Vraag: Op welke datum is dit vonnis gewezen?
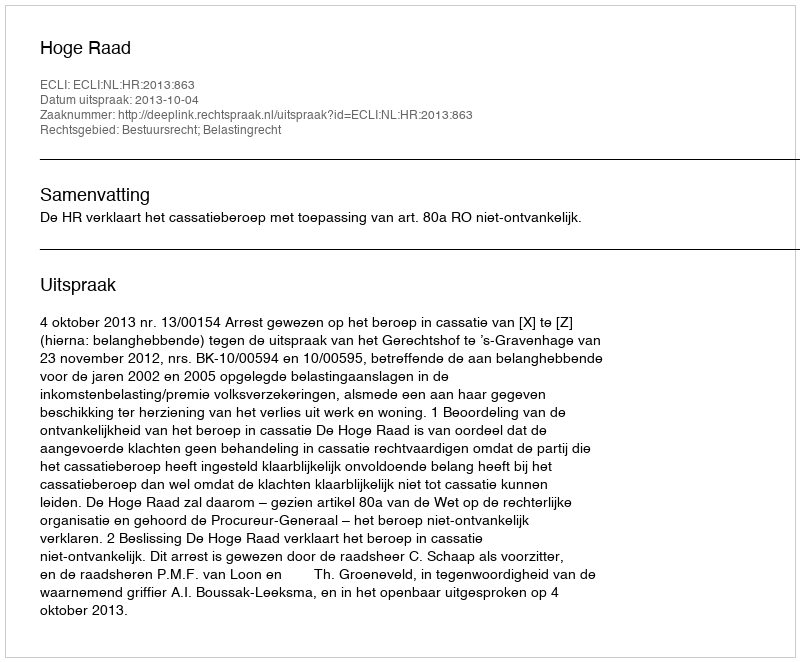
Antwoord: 2013-10-04